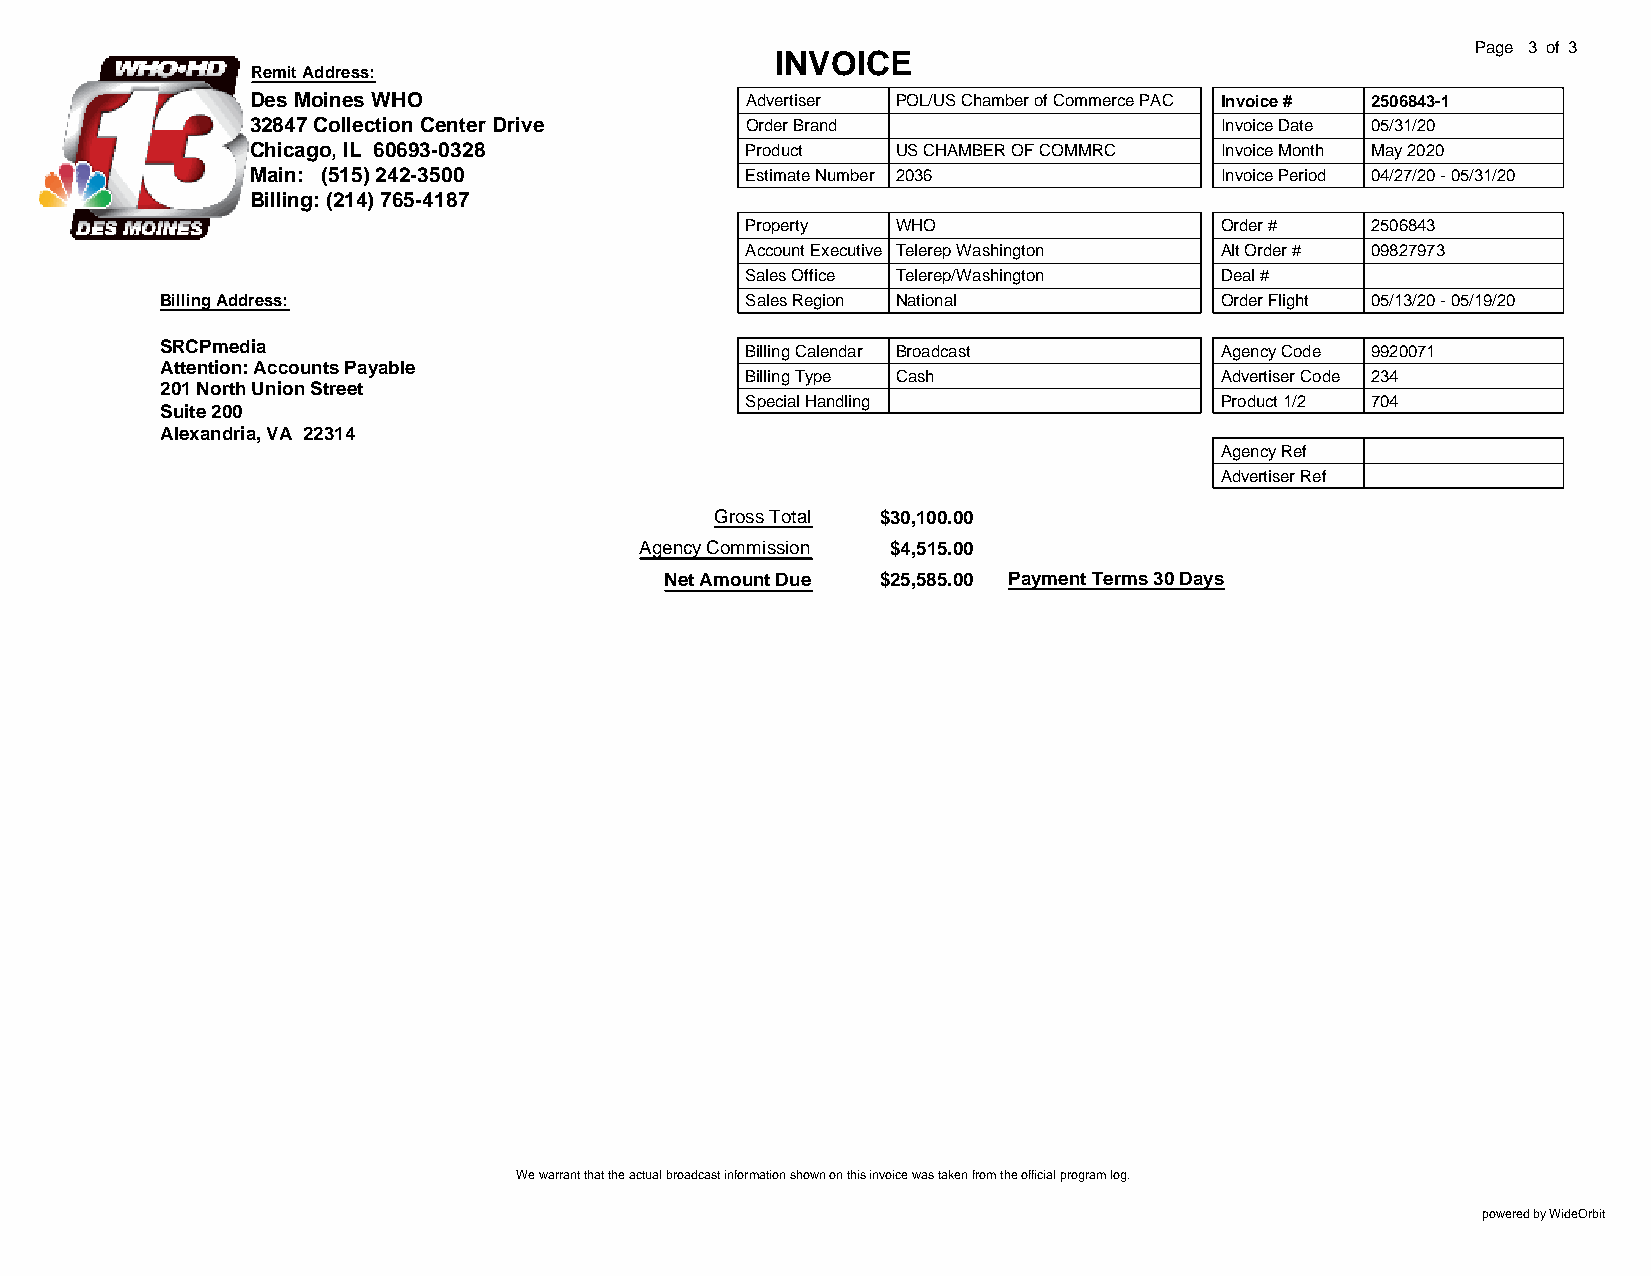
Page 3 of 3
 INVOICE
 Remit Address:
 Des Moines WHO                  Advertiser POL/US Chamber of Commerce PAC Invoice # 2506843-1
 32847 Collection Center Drive   Order Brand                     Invoice Date 05/31/20
 Chicago, IL 60693-0328          Product   US CHAMBER OF COMMRC  Invoice Month May 2020
 Main: (515) 242-3500            Estimate Number 2036            Invoice Period 04/27/20 - 05/31/20
 Billing: (214) 765-4187
 Property  WHO                   Order #   2506843
 Account Executive Telerep Washington Alt Order # 09827973
 Sales Office Telerep/Washington Deal #
 Billing Address:                      Sales Region National           Order Flight 05/13/20 - 05/19/20
 SRCPmedia                             Billing Calendar Broadcast      Agency Code 9920071
 Attention: Accounts Payable
 Billing Type Cash               Advertiser Code 234
 201 North Union Street
 Special Handling                Product 1/2 704
 Suite 200
 Alexandria, VA 22314
 Agency Ref
 Advertiser Ref
 Gross Total $30,100.00
 Agency Commission $4,515.00
 Net Amount Due $25,585.00 Payment Terms 30 Days
 We warrant that the actual broadcast information shown on this invoice was taken from the official program log.
 powered by WideOrbit